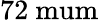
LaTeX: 72\mathrm{{\ mum}}